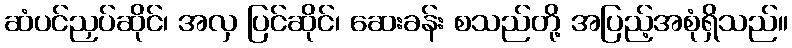
ဆံပင်ညှပ်ဆိုင်၊ အလှ ပြင်ဆိုင်၊ ဆေးခန်း စသည်တို့ အပြည့်အစုံရှိသည်။